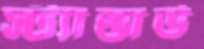
স্ট্যান্ডার্ড